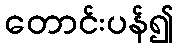
တောင်းပန်၍